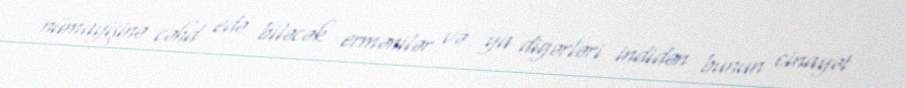
nümayişinə cəhd edə biləcək ermənilər və ya digərləri indidən bunun cinayət